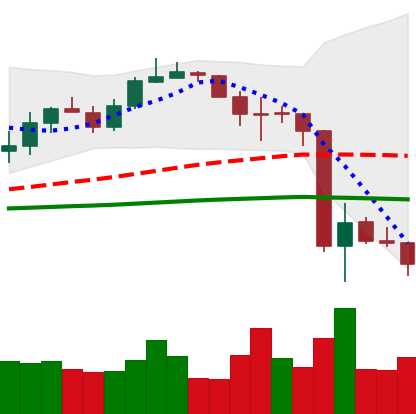
Ticker: LINK-USD
Chart end date: 2020-03-16
Forward return: 27.628%
Label: up_7plus